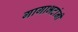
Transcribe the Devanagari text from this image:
गागाभटांनी